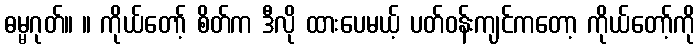
ဓမ္မဂုတ်။ ။ ကိုယ်တော့် စိတ်က ဒီလို ထားပေမယ့် ပတ်ဝန်းကျင်ကတော့ ကိုယ်တော့်ကို